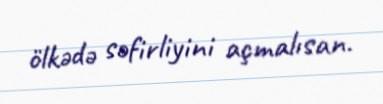
ölkədə səfirliyini açmalısan.